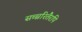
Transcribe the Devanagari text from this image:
सच्चरितैरपि